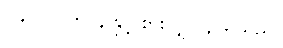
၁၉။ ၁၂ ကို ၄ နှင့် စားလျှင် ၃ ရသည်။